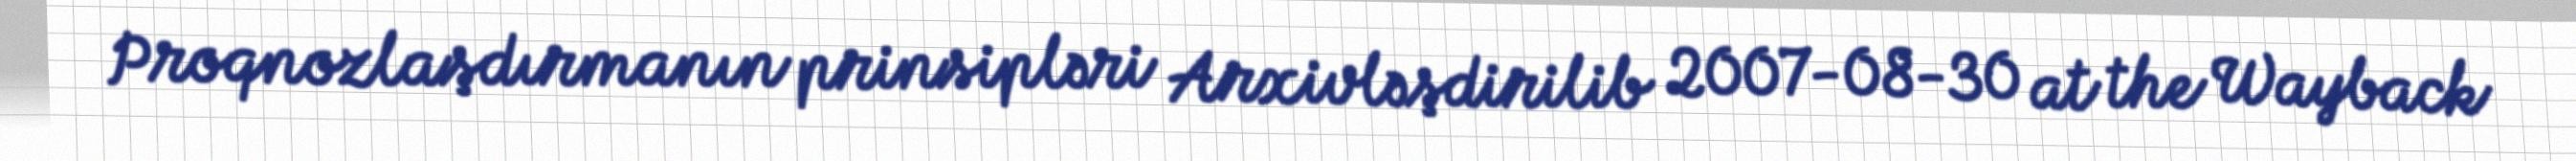
Proqnozlaşdırmanın prinsipləri Arxivləşdirilib 2007-08-30 at the Wayback